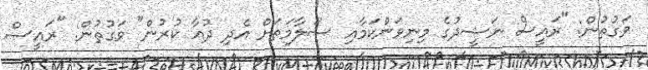
ވަގުތުން: "ރައީސް ނަޝީދުގެ މިނިވަންކަމާއި ސަލާމަތަށް އެދި ދުޢާ ކުރުން" ވަގުތުން: "ރައީސް